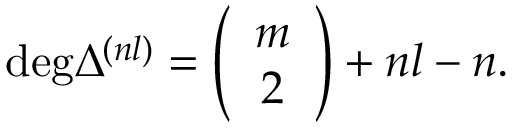
\mathrm { d e g } \Delta ^ { ( n l ) } = \left( \begin{array} { c } { { m } } \\ { { 2 } } \end{array} \right) + n l - n .